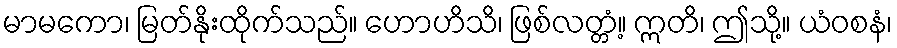
မာမကော၊ မြတ်နိုးထိုက်သည်။ ဟောဟိသိ၊ ဖြစ်လတ္တံ့။ ဣတိ၊ ဤသို့။ ယံဝစနံ၊